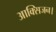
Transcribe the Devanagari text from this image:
आक्सिजन।